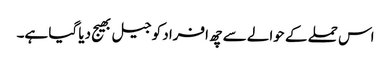
اس حملے کے حوالے سے چھ افراد کو جیل بھیج دیا گیا ہے۔